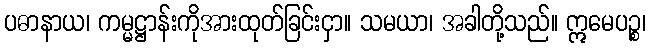
ပဓာနာယ၊ ကမ္မဋ္ဌာန်းကိုအားထုတ်ခြင်းငှာ။ သမယာ၊ အခါတို့သည်။ ဣမေပဉ္စ၊